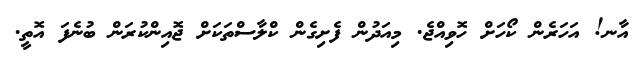
އާނ! އަހަރެން ކޯހަށް ހޮވިއްޖެ. މިއަދުން ފެށިގެން ކްލާސްތަކަށް ޖޮއިންކުރަން ބުނެފަ އޮތީ.